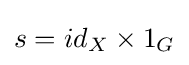
s=id_{X}\times 1_{G}